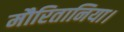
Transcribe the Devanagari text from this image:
मौरितानिया।